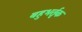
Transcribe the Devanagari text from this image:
बहुभर्तृक